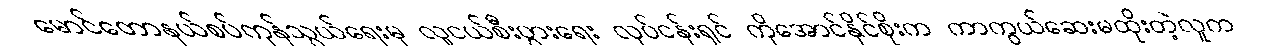
မောင်တောနယ်စပ်ကုန်သွယ်ရေးမှ လူငယ်စီးပွားရေး လုပ်ငန်းရှင် ကိုအောင်နိုင်စိုးက ကာကွယ်ဆေးမထိုးတဲ့လူက